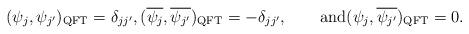
LaTeX: \begin{align*}(\psi_j,\psi_{j'})_{\rm QFT} = \delta_{jj'}, (\overline{\psi_j},\overline{\psi_{j'}})_{\rm QFT} = -\delta_{jj'}, \qquad\mbox{and}(\psi_j,\overline{\psi_{j'}})_{\rm QFT} = 0.\end{align*}